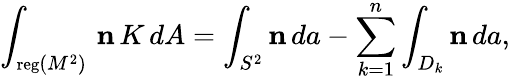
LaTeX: \int_{{\mathrm{\small{reg}}}(M^{2})}\, {\mathbf n}\, K\, dA=\int_{S^{2}}{\mathbf n}\, da-\sum_{k=1}^{n}\int_{D_{k}}{\mathbf n}\, da,